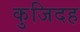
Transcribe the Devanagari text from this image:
कुजिदह